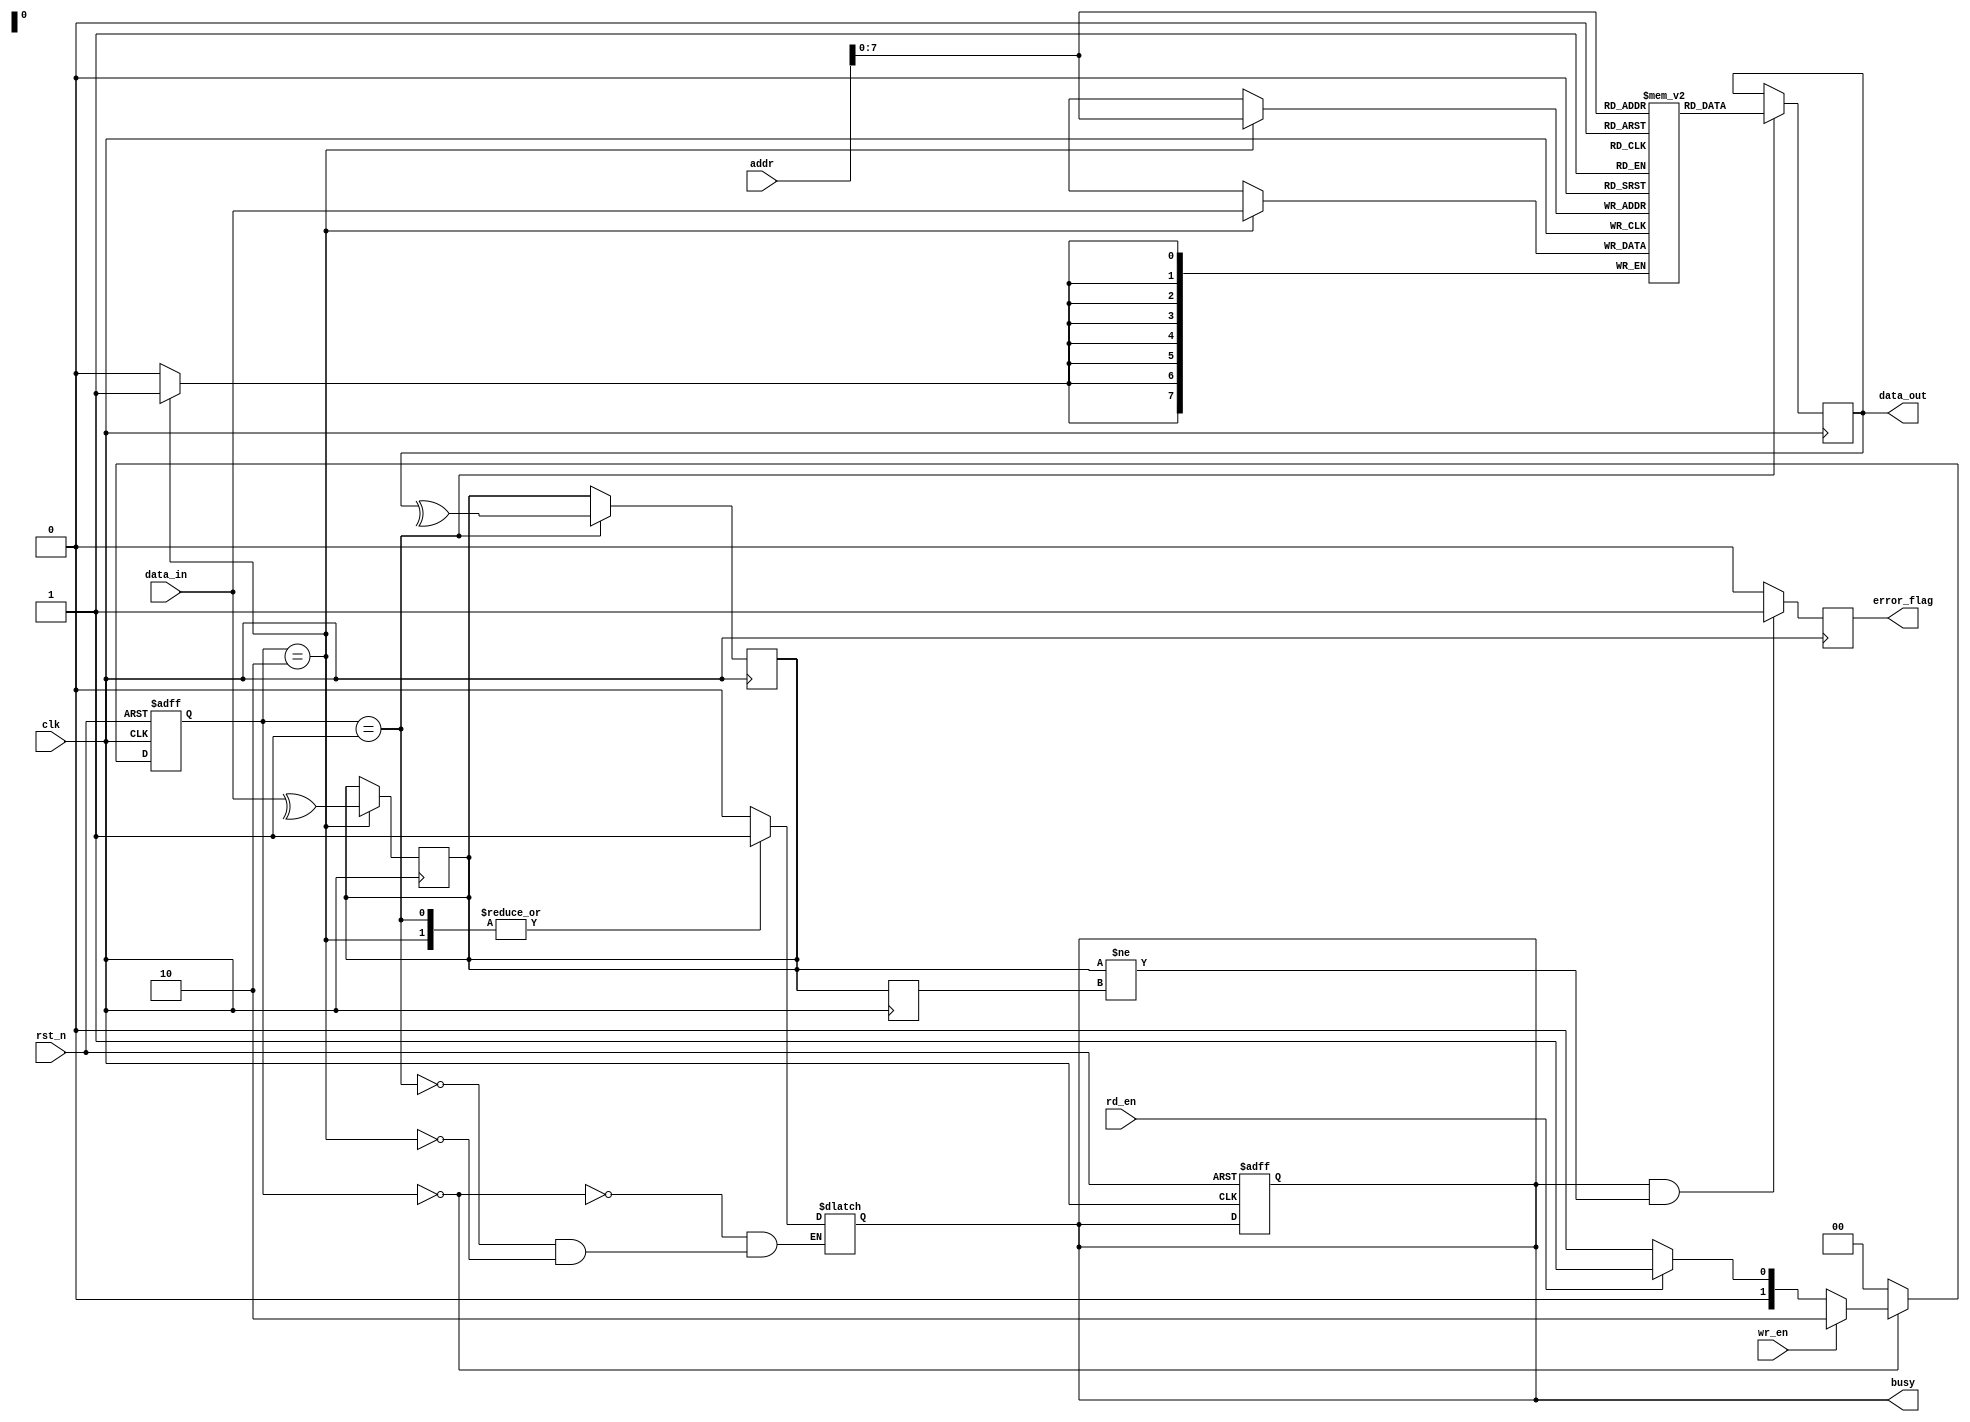
module mram_io_block (
    input wire clk,                // System clock
    input wire rst_n,              // Active low reset
    input wire [15:0] addr,        // Address bus
    input wire [7:0] data_in,      // Data input
    input wire wr_en,              // Write enable
    input wire rd_en,              // Read enable
    output reg [7:0] data_out,     // Data output
    output reg busy,               // Busy signal
    output reg error_flag          // Error flag
);

    // Parameters for simulation
    parameter IDLE = 2'b00, READ = 2'b01, WRITE = 2'b10;
    reg [1:0] current_state, next_state;

    reg [7:0] mem [0:255];         // Memory array (256 x 8 bits)
    reg parity_bit;                 // Parity bit for error checking
    reg [7:0] config_reg;          // Configuration register
    reg [7:0] status_reg;           // Status register

    // Control Signal Generation
    always @(posedge clk or negedge rst_n) begin
        if (!rst_n) begin
            busy <= 0;
            current_state <= IDLE;
        end else begin
            current_state <= next_state;
        end
    end

    // State Machine for reading/writing
    always @(*) begin
        case (current_state)
            IDLE: begin
                if (wr_en) next_state = WRITE;
                else if (rd_en) next_state = READ;
                else next_state = IDLE;
                busy = 0;
            end
            READ: begin
                next_state = IDLE;
                busy = 1;
            end
            WRITE: begin
                next_state = IDLE;
                busy = 1;
            end
            default: next_state = IDLE;
        endcase
    end

    // Read Operation
    always @(posedge clk) begin
        if (current_state == READ) begin
            data_out <= mem[addr];    // Read data from memory
            parity_bit <= ^data_out;   // Generate parity
            status_reg[0] <= 1'b1;      // Set busy flag
        end
    end

    // Write Operation
    always @(posedge clk) begin
        if (current_state == WRITE) begin
            mem[addr] <= data_in;     // Write data to memory
            parity_bit <= ^data_in;    // Generate parity
            status_reg[0] <= 1'b0;      // Clear busy flag
        end
    end

    // Error Detection (simple example)
    always @(posedge clk) begin
        if (busy && parity_bit != status_reg[1]) begin
            error_flag <= 1;          // Set error flag if parity mismatch
        end else begin
            error_flag <= 0;          // Clear error flag
        end
    end

    // Configuration and Status Register Access
    always @(posedge clk) begin
        if (wr_en) begin
            config_reg <= data_in;   // Update configuration register on write
        end
        // Status register (e.g., busy flag, error flag)
        status_reg[1] <= parity_bit; // Store the last parity bit for checking
    end

endmodule